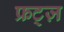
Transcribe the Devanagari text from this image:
फ्रट्ज़